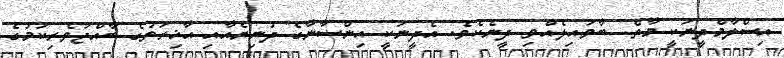
އިސްލާމްދީނަކީ މާތް  ބާވައިލެއްވި ދީނެކެވެ. އެދީނަކީ އިންސާނާގެ ދުނިޔެއާއި އާޚިރަތުގެ ބާއްޖަވެރިކަމުގެ